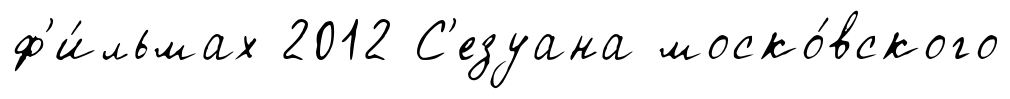
ф'и́льмах 2012 С'езуана моско́вского